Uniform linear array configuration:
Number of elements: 64
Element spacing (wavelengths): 0.25
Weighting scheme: hamming
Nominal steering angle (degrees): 45
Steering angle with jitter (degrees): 45.517
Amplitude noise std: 0.05
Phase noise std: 0.05

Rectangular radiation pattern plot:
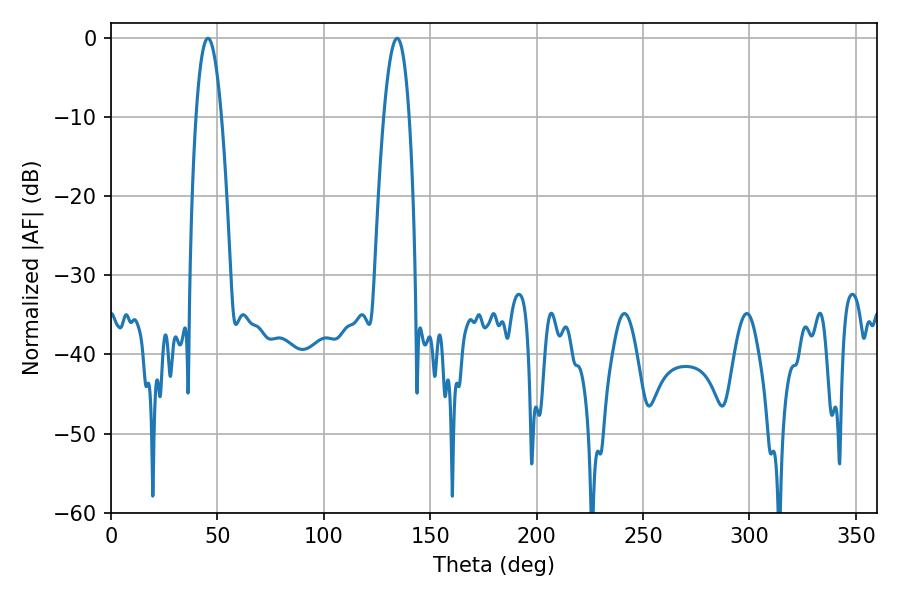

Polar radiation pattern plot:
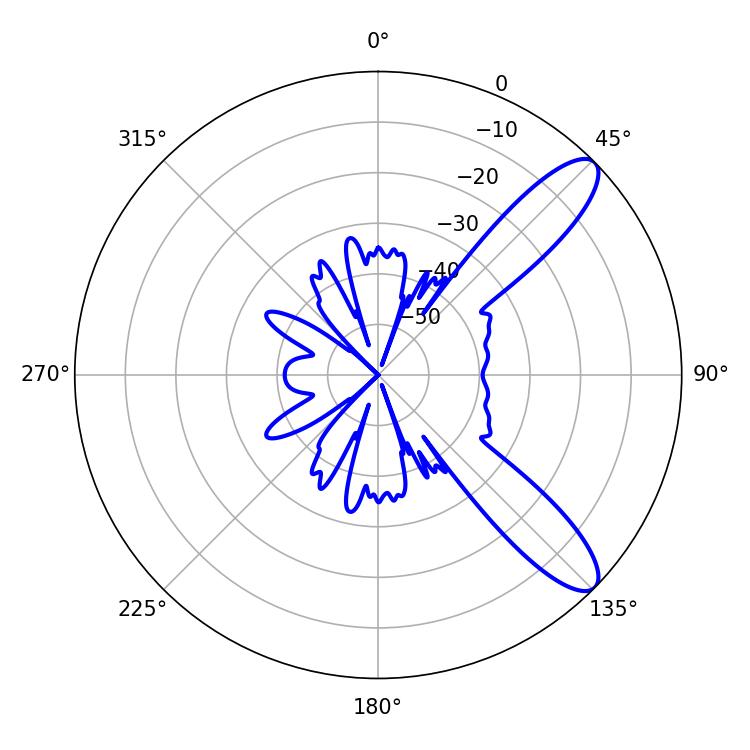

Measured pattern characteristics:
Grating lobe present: FALSE
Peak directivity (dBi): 10.515
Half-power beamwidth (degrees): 6.66
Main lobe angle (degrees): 45.54